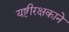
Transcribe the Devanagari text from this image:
यष्टीरक्षकाने